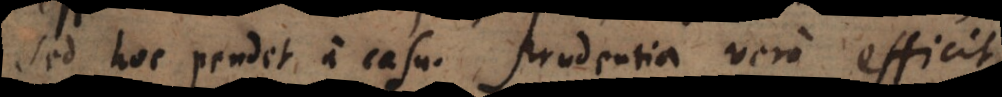
sed hoc pendet a casu. Prudentia vero efficit,